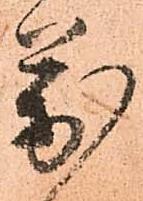
萬